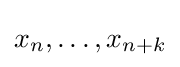
x_{n},\dots ,x_{n+k}